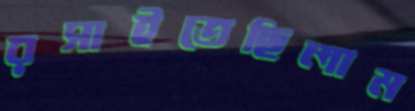
রসাইতেছিলাম